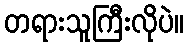
တရားသူကြီးလိုပဲ။